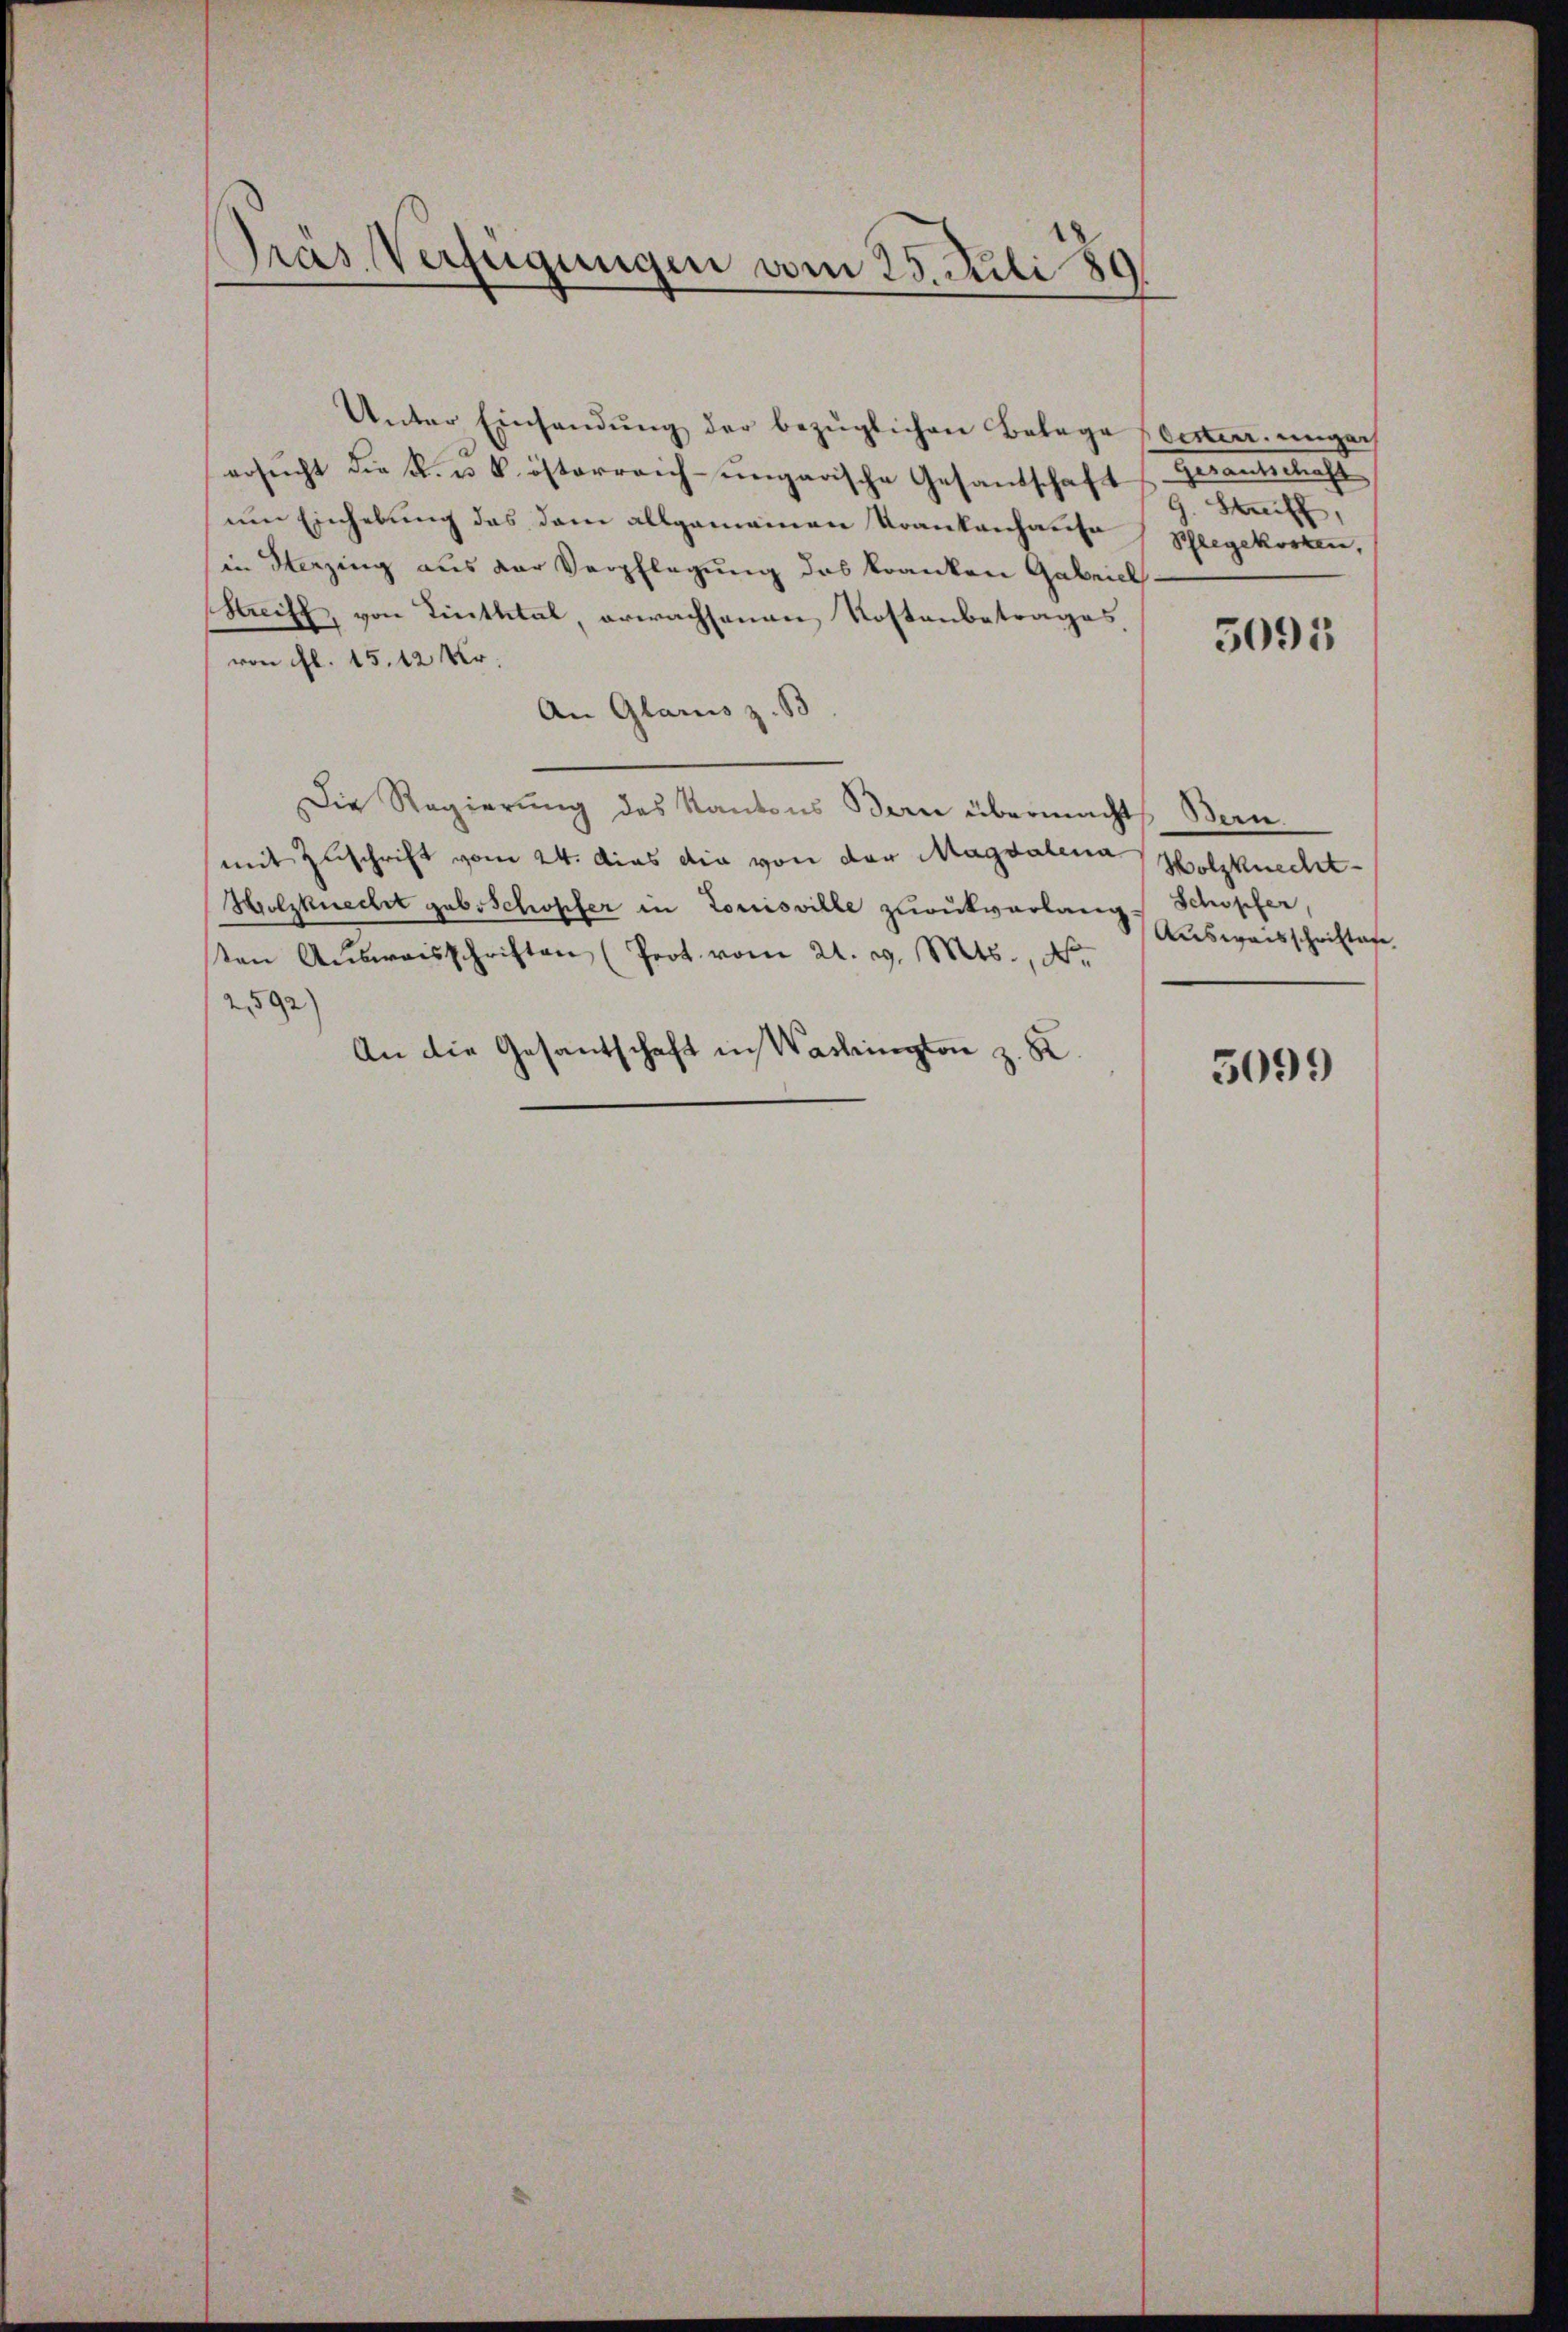
Pras. Verfügungen vom 25. Juli 180

Unter Einhandŭng der bezüglichen Belage bester ungach
ersucht die R. u. k. österreich-ungarische Gesandschaft
um Einhebung das dem allgemeinen Krankenhause
in Sterzing aus der Verpflegung des kranken Gabricl.
Streiff, von Linthtal, erwachsenen Kostenbetrages,
von fl. 15. 12 Xr.
An Glarus z. B
Die Regierŭng des Kantons Bern übermacht, Bern.
mit Zuschrift vom 24. das die von der Magdalena
Holzknecht geb. Schopfer in Louisville zurukverlang. Schöpfer,
sten Aŭsweisschriften (Prot. vom 21. d. Mts., N.
2592)
An die Gesandschaft in Washington z. R.

Heranterliche
9. Seif,
Phlegekosten,
5095

Holzknecht
Ausweisschrittage

5099